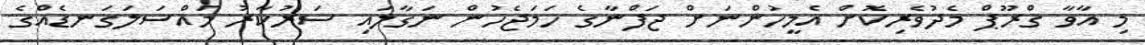
މި އާވާ ގްރޫޕް މެދުވެރިކޮށް އެމީހުންނަށް ޖަފްނާގެ ހަމަޖެހުން ނަގާލައި ސަރުކާރު މައްސަލަގަނޑެއްގެ